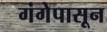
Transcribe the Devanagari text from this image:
गंगेपासून